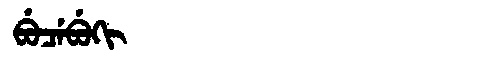
Manchu: ᠪᡠᠴᡝᠪᡠᡴᡳ
Romanization: BUCEBUKI